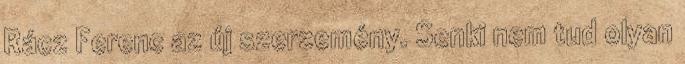
Rácz Ferenc az új szerzemény. Senki nem tud olyan